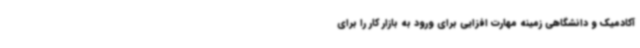
آکادمیک و دانشگاهی زمینه مهارت افزایی برای ورود به بازار کار را برای